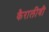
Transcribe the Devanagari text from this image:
कैरालीवी